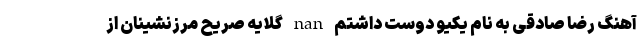
آهنگ رضا صادقی به نام یکیو دوست داشتم nan گلایه صریح مرزنشینان از